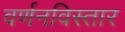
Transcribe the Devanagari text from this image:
वर्णनविस्तार